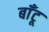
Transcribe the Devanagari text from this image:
बाँटू